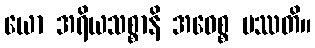
ယော အရိယသစ္စာနိ အဝေစ္စ ပဿတိ။